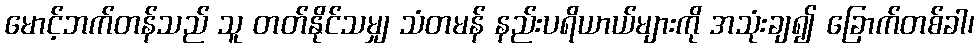
မောင့်ဘက်တန်သည် သူ တတ်နိုင်သမျှ သံတမန် နည်းပရိယာယ်များကို အသုံးချ၍ ခြောက်တစ်ခါ၊